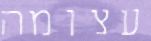
עצומה